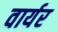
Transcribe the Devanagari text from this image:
वार्यर